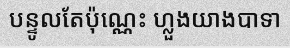
បន្ទូលតែប៉ុណ្ណេះ ហ្លួងយាងបាទា